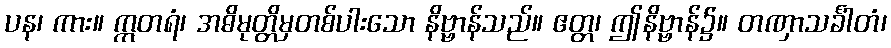
ပန၊ ကား။ ဣတရံ၊ အဓိမုတ္တိမှတစ်ပါးသော နိဗ္ဗာန်သည်။ ဧတ္တ၊ ဤနိဗ္ဗာန်၌။ တဏှာသင်္ခါတံ၊